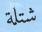
شتلة